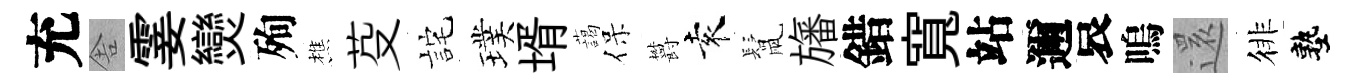
充舎霎𤓖殉樵芟詫璞壻藹保欝袁鬛旛錯寬站邇哀嗚𮟃徘塾